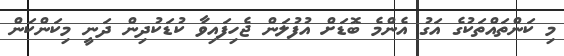
މި ކަންތައްތަކުގެ އަގު އެންމެ ބޮޑަށް އުފުލަން ޖެހިފައިވާ ކުޑަކުދިން ދަނީ މިކަންކަން